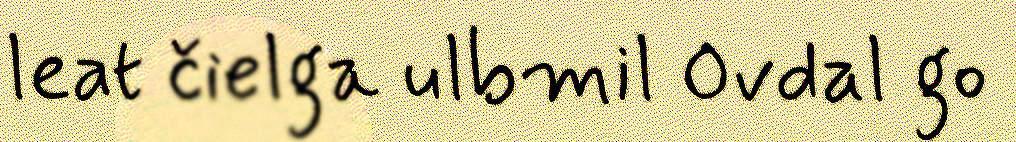
leat čielga ulbmil Ovdal go